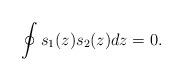
LaTeX: \begin{align*}\oint s_{1}(z) s_2(z)dz=0.\end{align*}